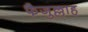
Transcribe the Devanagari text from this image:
फैजुल्लाह